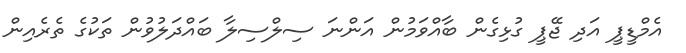
އެމްޑީޕީ އަދި ޖޭޕީ ގުޅިގެން ބާއްވަމުން އަންނަ ސިލްސިލާ ބައްދަލުވުން ތަކުގެ ތެރެއިން